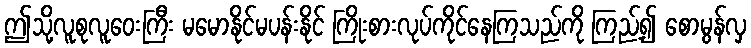
ဤသို့လူစုလူဝေးကြီး မမောနိုင်မပန်းနိုင် ကြိုးစားလုပ်ကိုင်နေကြသည်ကို ကြည့်၍ စောမွန်လှ